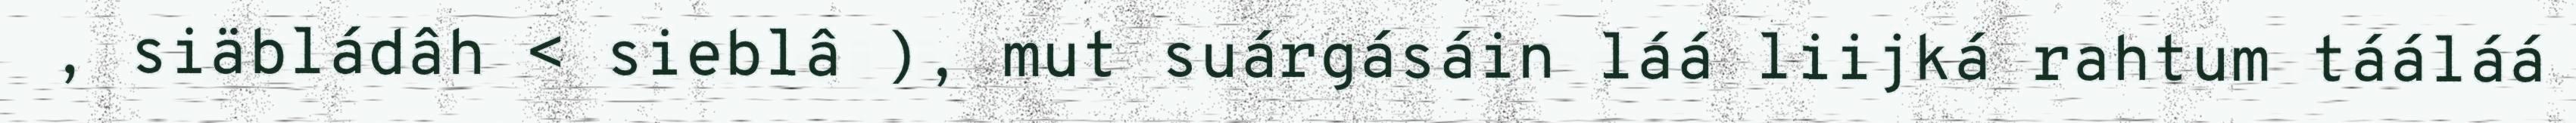
, siäbládâh < sieblâ ), mut suárgásáin láá liijká rahtum tááláá